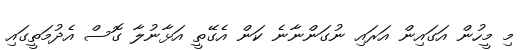
މި މީހުން އަގައިން އަރައި ނުގަންނާނެ ކަން އެގޭތީ އަޅާނުލާ ގޮސް އެދުމަތީގައި